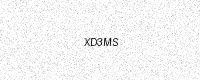
Text: XD3MS